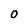
Character: O